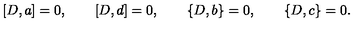
[ D , a ] = 0 , \qquad [ D , d ] = 0 , \qquad \{ D , b \} = 0 , \qquad \{ D , c \} = 0 .